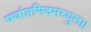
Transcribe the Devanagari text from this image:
पर्याप्तमिदमच्युत॥